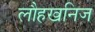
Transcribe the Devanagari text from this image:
लौहखनिज